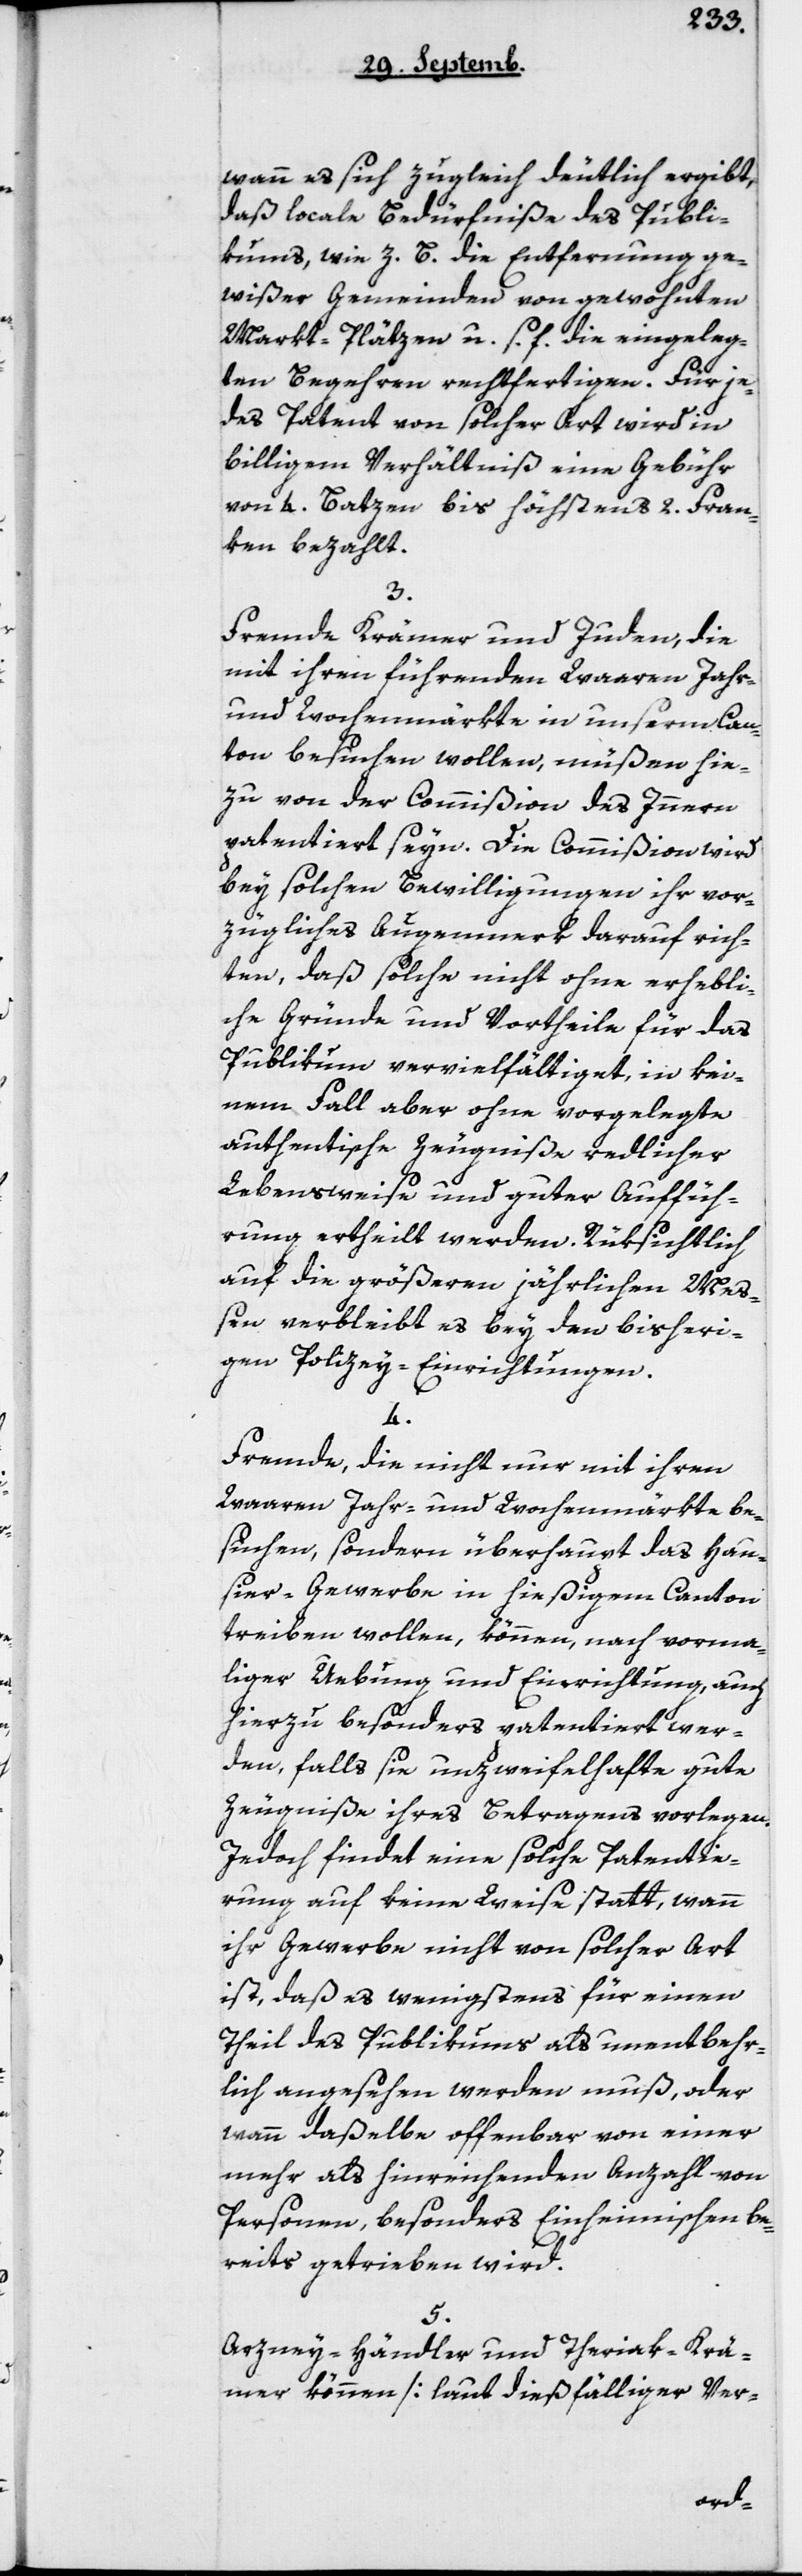
wann es sich zugleich deutlich ergiebt,
daß locale Bedürfniße des Publi¬
cums, wie z. B. die Entfernung ge¬
wißer Gemeinden von gewohnten
Markt-Pläzen u. s. f., die eingeleg¬
ten Begehren rechtfertigen. Für je¬
des Patent von solcher Art wird in
billigem Verhältnis eine Gebühr
von 4 Batzen bis höchstens 2 Fran¬
ken bezahlt.
3.
Fremde Krämer und Juden, die
mit ihren führenden Waaren Jahr-
und Wochenmärkte in unserem Can¬
ton besuchen wollen, müßen hie¬
zu von der Commißion des Innern
patentiert sein. Die Commißion wird
bey solchen Bewilligungen ihr vor¬
zügliches Augenmerk darauf rich¬
ten, daß solche nicht ohne erhebli¬
che Gründe und Vortheile für das
Publikum vervielfältiget, in kei¬
nem Fall aber ohne vorgelegte
authentische Zeugniße redlicher
Lebensweise und guter Auffüh¬
rung ertheilt werden. Rüksichtlich
auf die größeren jährlichen Meß¬
en verbleibt es bey den bisheri¬
gen Policey-Einrichtungen.
4.
Fremde, die nicht nur mit ihren
Waaren Jahr- und Wochenmärkte be¬
suchen, sondern überhaupt das Hau¬
sier-Gewerbe in hießigem Canton
treiben wollen, können nach vorma¬
liger Üebung und Einrichtung, auch
hierzu besonders patentiert wer¬
den, falls sie unzweifelhafte gute
Zeugniße ihres Betragens vorlegen.
Jedoch findet eine solche Patentie¬
rung auf keine Weise statt, wann
ihr Gewerbe nicht von solcher Art
ist, daß es wenigstens für einen
Theil des Publikums als unentbehr¬
lich angesehen werden muß, oder
wann daßelbe offenbar von einer
mehr als hinreichenden Anzahl von
Personen, besonders Einheimischen, be¬
reits getrieben wird.
5.
Arznei-Händler und Theriak-Krä¬
mer können [laut dießfälliger Ver-